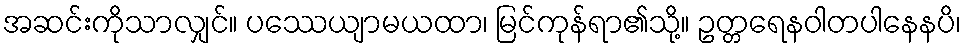
အဆင်းကိုသာလျှင်။ ပဿေယျာမယထာ၊ မြင်ကုန်ရာ၏သို့။ ဥတ္တရေနဝါတပါနေနပိ၊